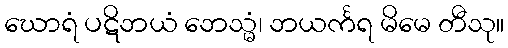
ဃောရံ ပဋိဘယံ ဘေသ္မံ၊ ဘယင်္ကရ မိမေ တီသု။